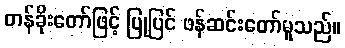
တန်ခိုးတော်ဖြင့် ပြုပြင် ဖန်ဆင်းတော်မူသည်။